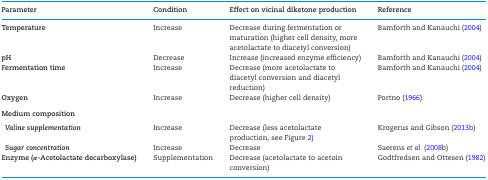
| Parameter | Condition | Effect on vicinal diketone production | Reference |
 | --- | --- | --- | --- |
 | Temperature | Increase | Decrease during fermentation or maturation (higher cell density, more acetolactate to diacetyl conversion) | Bamforth and Kanauchi (2004) |
 | pH | Decrease | Increase (increased enzyme efficiency) | Bamforth and Kanauchi (2004) |
 | Fermentation time | Increase | Decrease (more acetolactate to diacetyl conversion and diacetyl reduction) | Bamforth and Kanauchi (2004) |
 | Oxygen | Increase | Decrease (higher cell density) | Portno (1966) |
 | Medium composition |  |  |  |
 | Valine supplementation | Increase | Decrease (less acetolactate production, see Figure 2) | Krogerus and Gibson (2013b) |
 | Sugar concentration | Increase | Decrease | Saerens et al. (2008b) |
 | Enzyme (α-Acetolactate decarboxylase) | Supplementation | Decrease (acetolactate to acetoin conversion) | Godtfredsen and Ottesen (1982) |